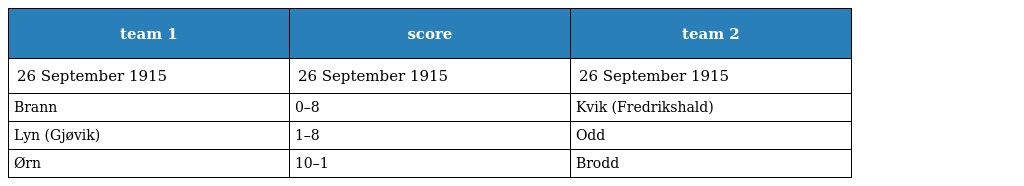
| team 1 | score | team 2 |
 | --- | --- | --- |
 | 26 September 1915 | 26 September 1915 | 26 September 1915 |
 | Brann | 0–8 | Kvik (Fredrikshald) |
 | Lyn (Gjøvik) | 1–8 | Odd |
 | Ørn | 10–1 | Brodd |